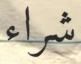
شراء